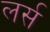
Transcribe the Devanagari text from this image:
लर्स